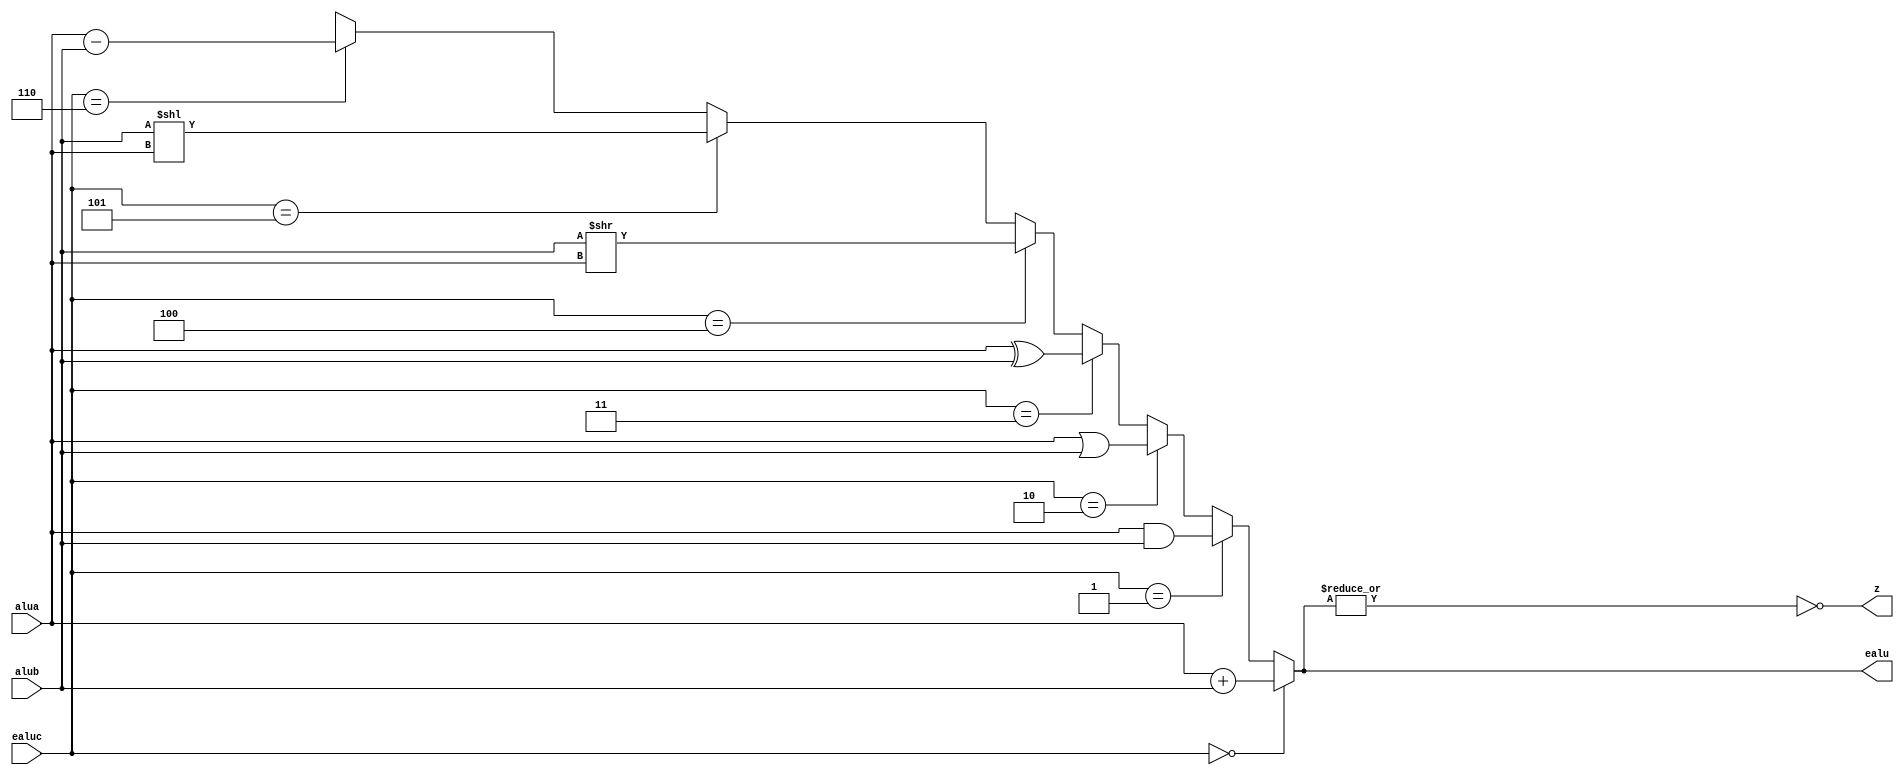
`timescale 1ns / 1ps
//////////////////////////////////////////////////////////////////////////////////
// Company: 
// Engineer: 
// 
// Design Name: 
// Module Name:    alu 
// Project Name: 
// Target Devices: 
// Tool versions: 
// Description: 
//
// Dependencies: 
//
// Revision: 
// Revision 0.01 - File Created
// Additional Comments: 
//
//////////////////////////////////////////////////////////////////////////////////
module alu(alua,alub,ealuc,ealu,z
    );
	 input [31:0] alua,alub;
	 input [2:0] ealuc;
	 output [31:0] ealu;
	 output z;
	 

    assign ealu = (ealuc == 3'b000) ? alua + alub :
	               (ealuc == 3'b001) ? alua & alub :
	               (ealuc == 3'b010) ? alua | alub :
	               (ealuc == 3'b011) ? alua ^ alub :
	               (ealuc == 3'b100) ? alub >> alua :
	               (ealuc == 3'b101) ? alub << alua :
	               (ealuc == 3'b110) ? alua - alub :					
	    				32'hxxxxxxxx;
	
	 assign z = ~|ealu;
	
endmodule